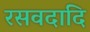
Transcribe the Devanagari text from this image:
रसवदादि